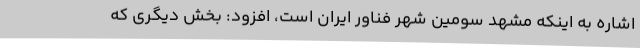
اشاره به اینکه مشهد سومین شهر فناور ایران است، افزود: بخش دیگری که